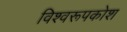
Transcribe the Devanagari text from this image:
विश्वरूपकोश